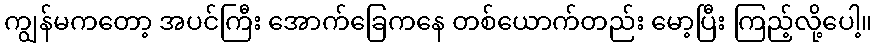
ကျွန်မကတော့ အပင်ကြီး အောက်ခြေကနေ တစ်ယောက်တည်း မော့ပြီး ကြည့်လို့ပေါ့။